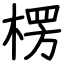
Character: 楞